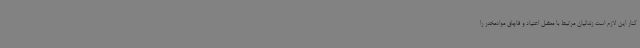
کنار این لازم است زندانیان مرتبط با معضل اعتیاد و قاچاق موادمخدر را